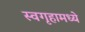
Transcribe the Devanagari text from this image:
स्वगृहामध्ये